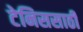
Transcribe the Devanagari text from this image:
टेनिससाठी